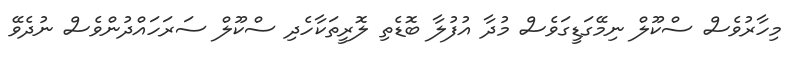
މިހާރުވެސް ސްކޫލް ނިމޭގަޑީގަވެސް މުދާ އުފުލާ ބޮޑެތި ލޮރީތަކާހެދި ސްކޫލް ސަރަހައްދުންވެސް ނުދެވޭ